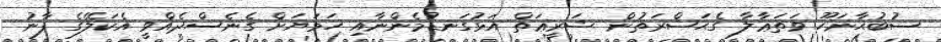
ސުބުޙާނަހޫ ވަތަޢާލާ ގެޙަޟްރަތުން ޝަރީޢަތް އަޅުގަނޑުމެންނާއި ހަމަޔަށް ގެނެސްދެއްވީ އެކަލޭގެ ފާނު